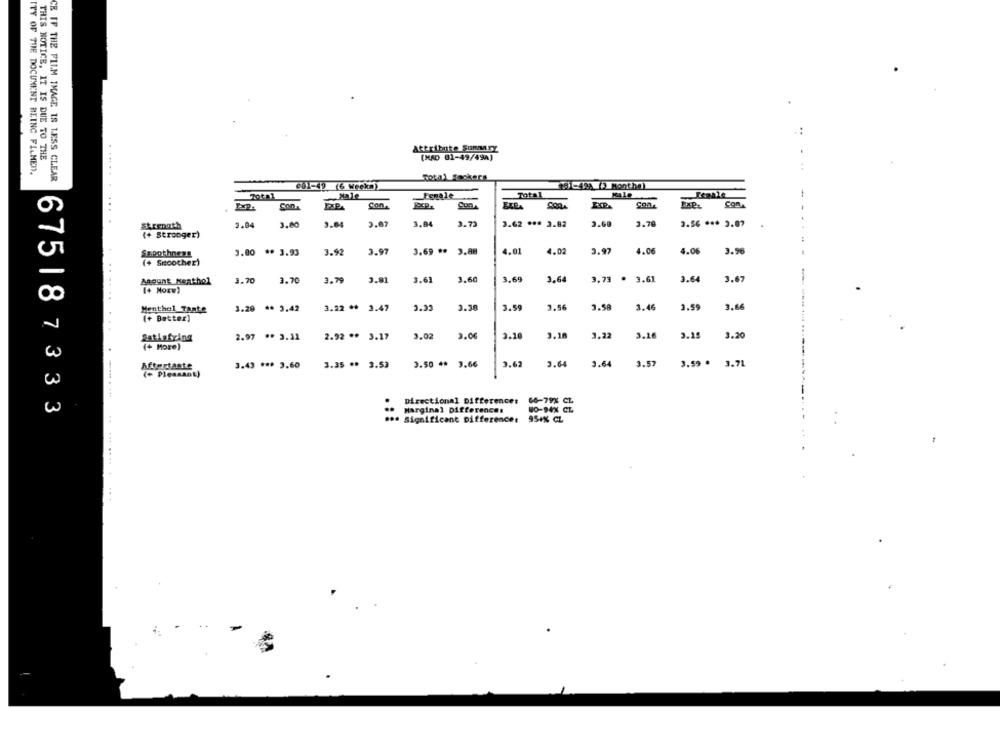
Attribute Summary
THIS NOTICE, IT IS DUE TO THE
. ..
(HAD 01-49/49A)
ITY OF THE DOCUMENT REINC FILMED.
CE IF THE FILM IMAGE IS LESS CLEAR
Total Feokers
col-49 (6 Weekn)
151-42) (3 Monthe)
Female
Total
Male
Com.
Con
Con
Con.
Strength
3.04
3.00
3.04
3.87
3.04
3.72
3.62 *** 3.82
2.69
3.78
3.56 *** 3.07
(+ Stronger)
Sapothness
1.00
** 3.93
3.92
3.97
3.69 **
4.01
4.02
3.97
4.06
4.06
3.96
(+ Smoother)
3,64
3.73 . 3.61
3.64
3.6
-
Amount Nenthol
3.70
3.70
3.79
3.81
3.61
3.60
3.69
[+ Moxw)
... ..
1.29 ** 3.42
3.22 **
3.47
2.92
3.38
3.59
7.56
3.58
3.46
1.59
3.66
Monthol Taste
(+ Better)
Satisfying
2.97 ** 3.11
2.92 ** 3.17
3.02
3.06
3.22
3.16
3.15
3.20
(+ More)
Aftertaste
3.43 *** 3.60
3.35 ** 3.53
3.50 **
3.66
3.62
3.64
2.64
3.57
3.59 .
3.71
(+ Pleasant)
Directional Difference:
66-79% CL
675187333
Marginal Differences
80-94X CL
.a Significant Differences
95+% CL